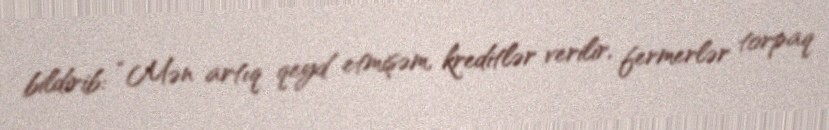
bildirib: “Mən artıq qeyd etmişəm, kreditlər verilir, fermerlər torpaq